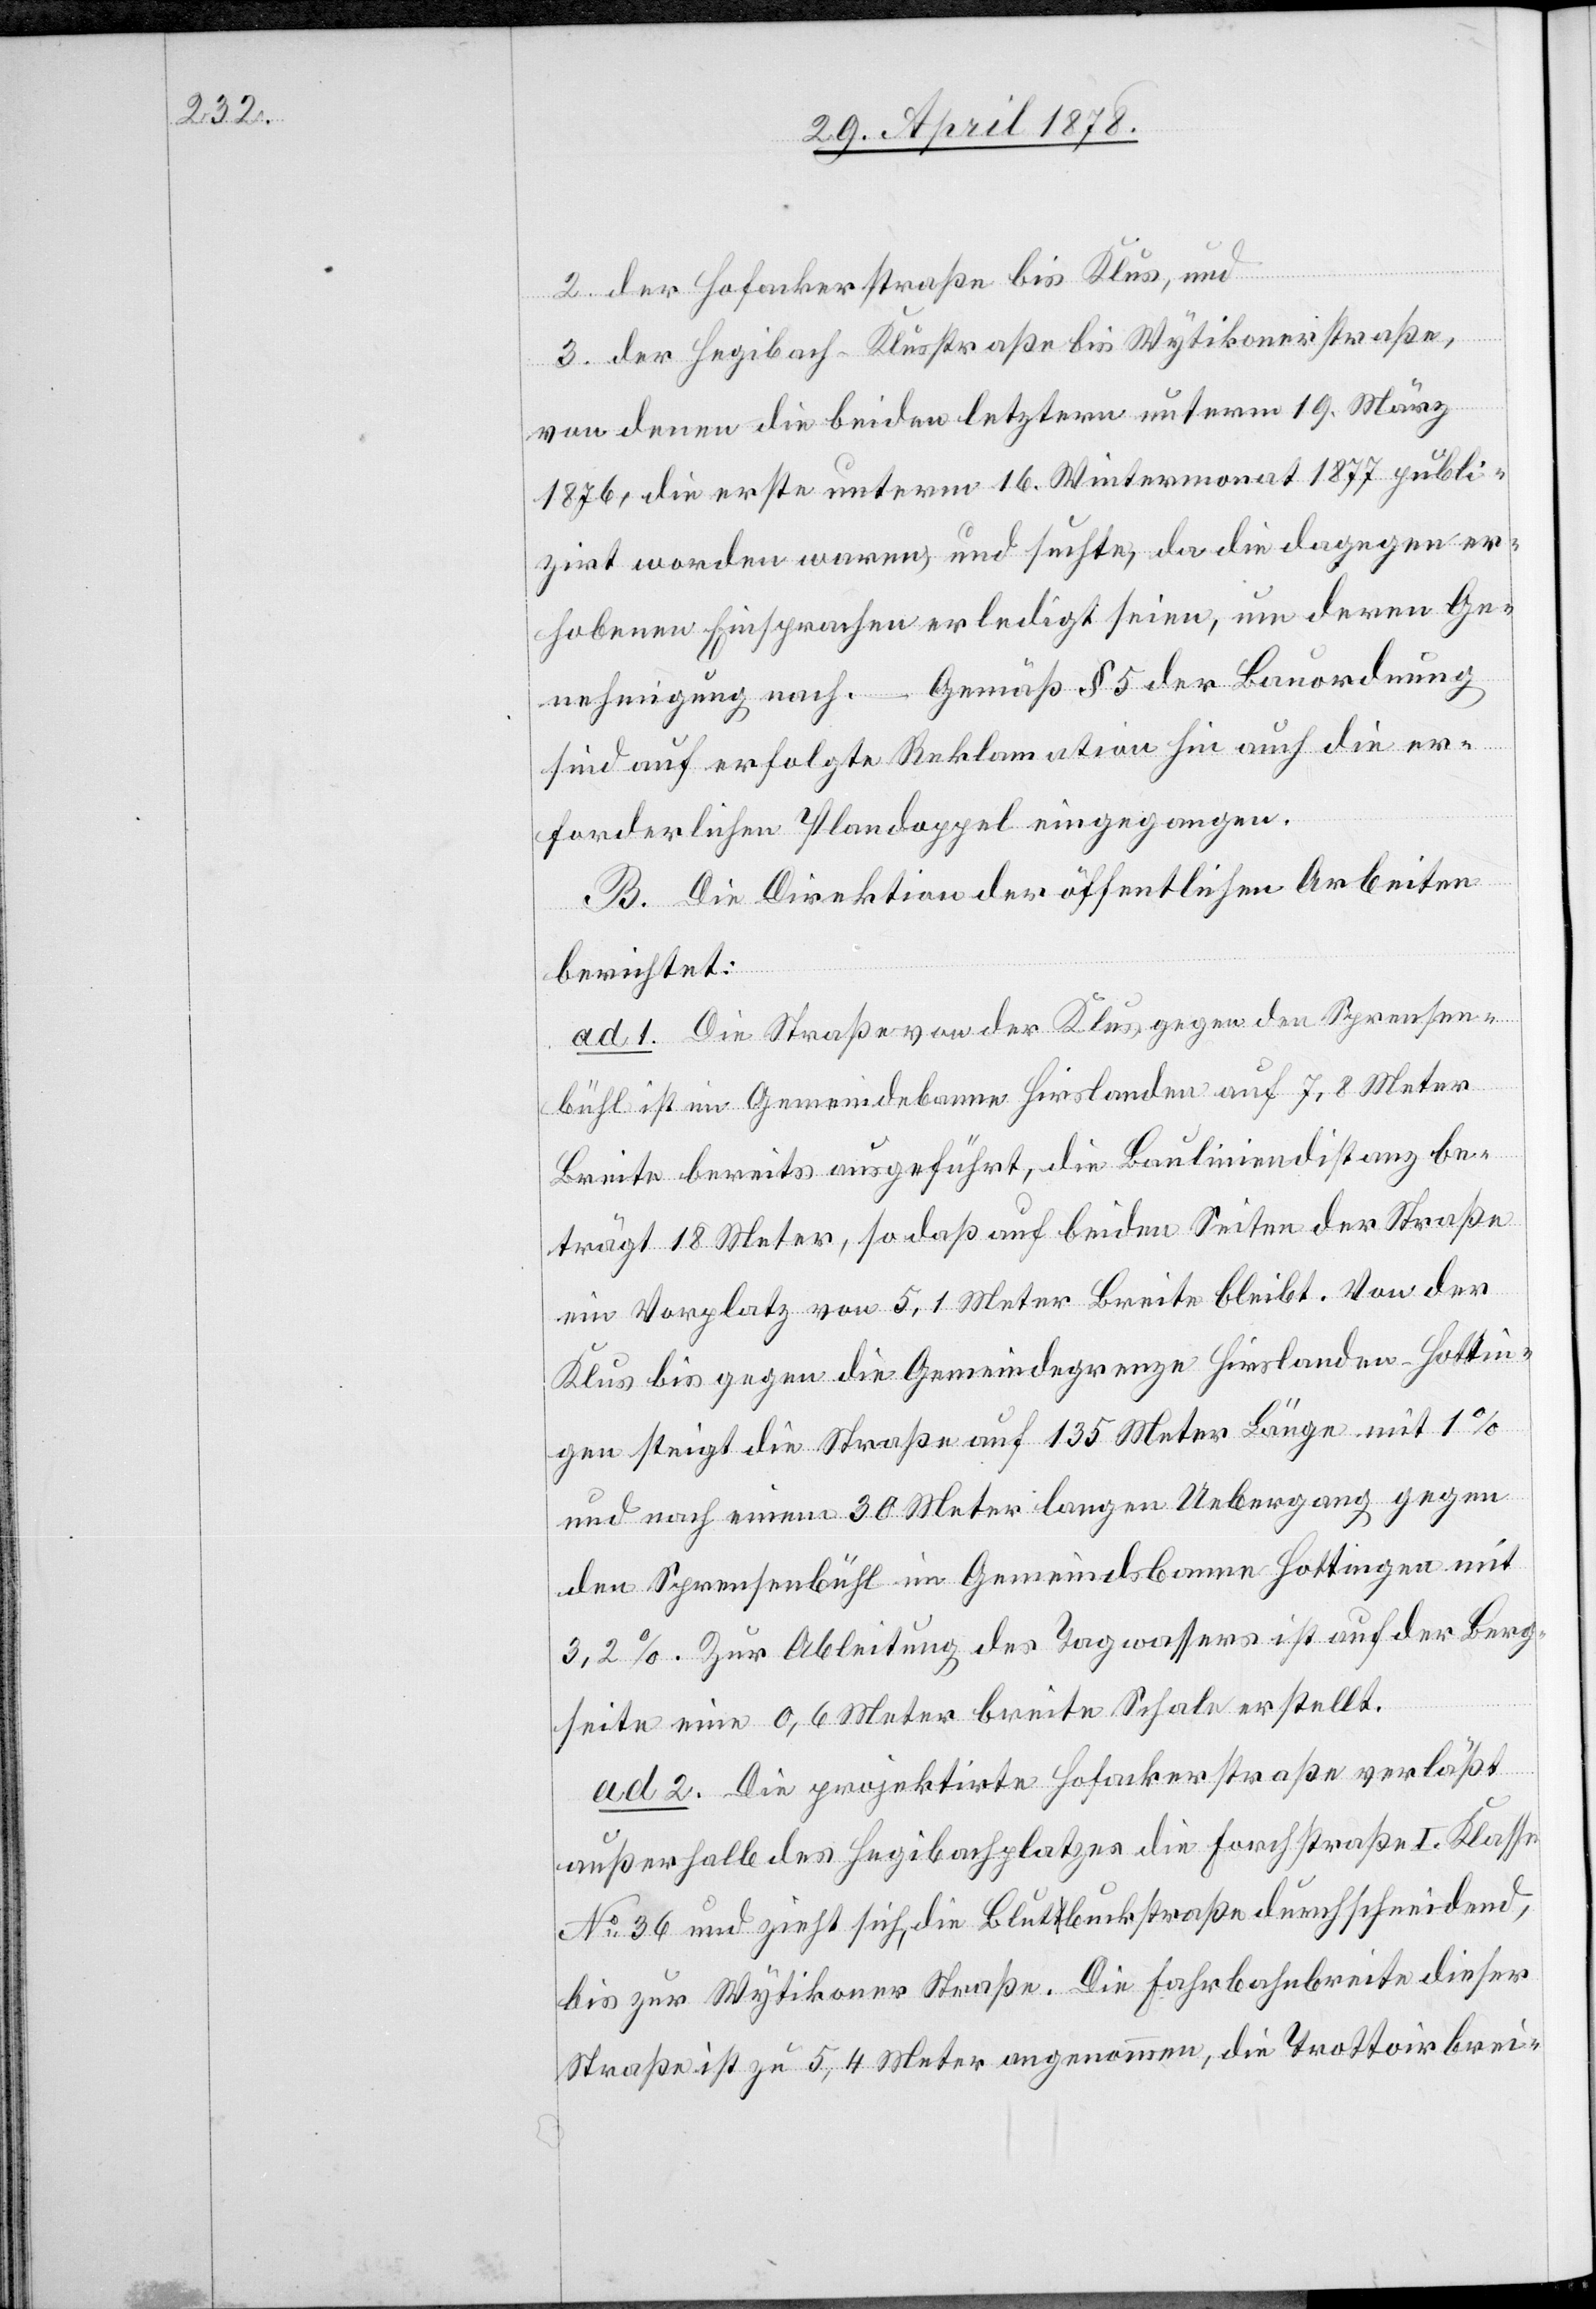
2. der Hofackerstraße bis Klus und
3. der Hegibach-Klusstraße bis Wytikonerstraße
von denen die beiden letztern unterm 19. März
1876, die erste unterm 16. Wintermonat 1877 publi¬
zirt worden waren, und suchte, da die dagegen er¬
hobenen Einsprachen erledigt seien, um deren Ge¬
nehmigung nach. – Gemäß § 5 der Bauordnung
sind auf erfolgte Reklamation hin auch die er¬
forderlichen Plandoppel eingegangen.
B. Die Direktion der öffentlichen Arbeiten
berichtet:
ad 1. Die Straße von der Klus gegen den Sprensen¬
bühl ist im Gemeindebanne Hirslanden auf 7.8 Meter
Breite bereits ausgeführt, die Bauliniendistanz be¬
trägt 18 Meter, so daß auf beiden Seiten der Straße
ein Vorplatz von 5,1 Meter Breite bleibt. Von der
Klus bis gegen die Gemeindegrenze Hirslanden-Hottin¬
gen steigt die Straße auf 135 Meter Länge mit 1%
und nach einem 30 Meter langen Uebergang gegen
den Sprensenbühl im Gemeindsbanne Hottingen mit
3,2%. Zur Ableitung des Tagwassers ist auf der Berg¬
seite eine 0,6 Meter breite Schale erstellt.
ad 2. Die projektirte Hofackerstraße verlässt
außerhalb des Hegibachplatzes die Forchstraße I. Klasse
No 36 und zieht sich, die Blutbuckstraße durchschneidend,
bis zur Wytikoner Straße. Die Fahrbahnbreite dieser
Straße ist zu 5,4 Meter angenommen, die Trottoirbrei-